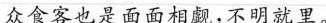
众食客也是面面相觑，不明就里。